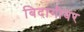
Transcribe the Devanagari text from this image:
बिदागीवर